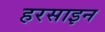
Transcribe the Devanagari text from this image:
हरसाइन